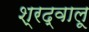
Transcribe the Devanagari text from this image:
श्रद्वालू